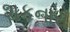
શકનારો